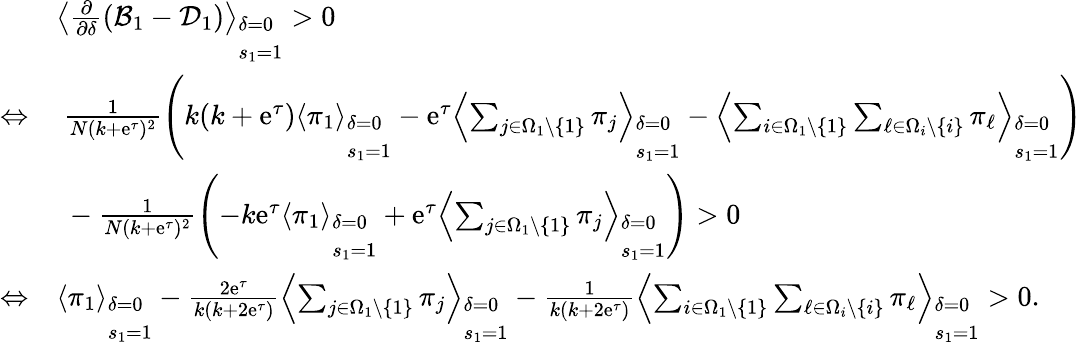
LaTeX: \begin{array}{rl}&{\left\langle\frac{\partial}{\partial\delta}(\mathcal{B}_{1}-\mathcal{D}_{1})\right\rangle_{\begin{array}{l}{\delta=0}\\ {s_{1}=1}\end{array}}>0}\\ {\Leftrightarrow}&{~\frac{1}{N(k+\mathrm{e}^{\tau})^{2}}\left(k(k+\mathrm{e}^{\tau})\left\langle\pi_{1}\right\rangle_{\begin{array}{l}{\delta=0}\\ {s_{1}=1}\end{array}}-\mathrm{e}^{\tau}\left\langle\sum_{j\in\Omega_{1}\backslash\{ 1\} }\pi_{j}\right\rangle_{\begin{array}{l}{\delta=0}\\ {s_{1}=1}\end{array}}-\left\langle\sum_{i\in\Omega_{1}\backslash\{ 1\} }\sum_{\ell\in\Omega_{i}\backslash\{ i\} }\pi_{\ell}\right\rangle_{\begin{array}{l}{\delta=0}\\ {s_{1}=1}\end{array}}\right)}\\ &{~-\frac{1}{N(k+\mathrm{e}^{\tau})^{2}}\left(-k\mathrm{e}^{\tau}\left\langle\pi_{1}\right\rangle_{\begin{array}{l}{\delta=0}\\ {s_{1}=1}\end{array}}+\mathrm{e}^{\tau}\left\langle\sum_{j\in\Omega_{1}\backslash\{ 1\} }\pi_{j}\right\rangle_{\begin{array}{l}{\delta=0}\\ {s_{1}=1}\end{array}}\right)>0}\\ {\Leftrightarrow}&{\left\langle\pi_{1}\right\rangle_{\begin{array}{l}{\delta=0}\\ {s_{1}=1}\end{array}}-\frac{2\mathrm{e}^{\tau}}{k(k+2\mathrm{e}^{\tau})}\left\langle\sum_{j\in\Omega_{1}\backslash\{ 1\} }\pi_{j}\right\rangle_{\begin{array}{l}{\delta=0}\\ {s_{1}=1}\end{array}}-\frac{1}{k(k+2\mathrm{e}^{\tau})}\left\langle\sum_{i\in\Omega_{1}\backslash\{ 1\} }\sum_{\ell\in\Omega_{i}\backslash\{ i\} }\pi_{\ell}\right\rangle_{\begin{array}{l}{\delta=0}\\ {s_{1}=1}\end{array}}>0.}\end{array}